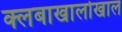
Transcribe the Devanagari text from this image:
क्लबाखालोखाल